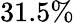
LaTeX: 31.5\%